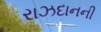
રાઝદાનની